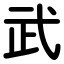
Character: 武